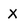
Character: X